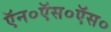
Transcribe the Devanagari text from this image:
ऍन०ऍस०ऍस०